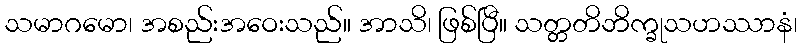
သမာဂမော၊ အစည်းအဝေးသည်။ အာသိ၊ ဖြစ်ပြီ။ သတ္တတိဘိက္ခုသဟဿာနံ၊